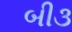
બી૩